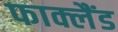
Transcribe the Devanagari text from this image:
फाक्लैंड